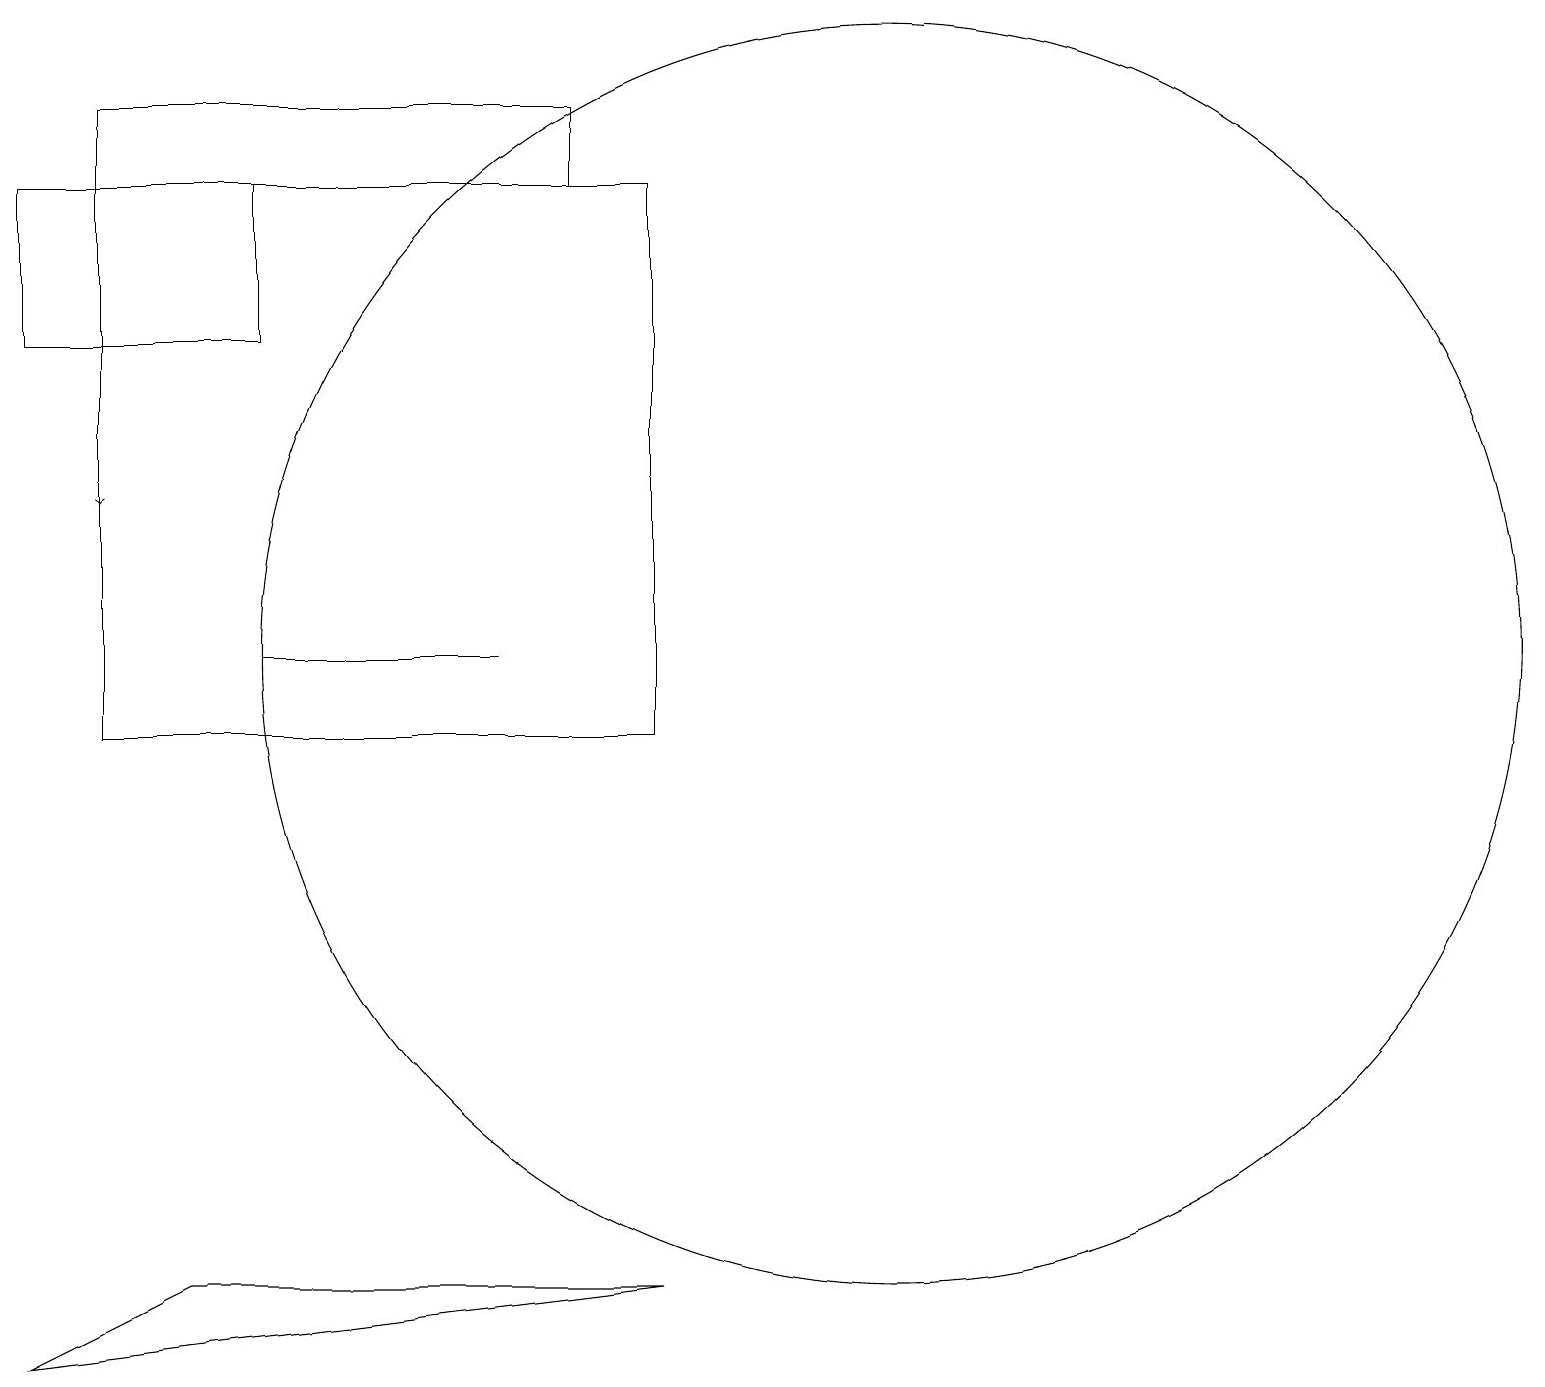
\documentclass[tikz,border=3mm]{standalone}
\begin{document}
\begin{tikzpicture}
\draw (11,12) circle (8);
\draw (8,18) rectangle (1,11);
\draw (3,18) rectangle (0,16);
\draw (7,19) rectangle (1,18);
\draw (2,4) -- (0,3) -- (8,4) -- cycle;
\draw (6,12) rectangle (3,12);
\draw[->] (1,16) -- (1,14);
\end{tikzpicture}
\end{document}